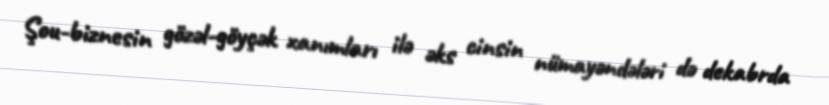
Şou-biznesin gözəl-göyçək xanımları ilə əks cinsin nümayəndələri də dekabrda